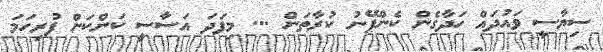
ސިޔާސީ ވައުދައް ހަދާގެން ކެންޕޭނު ކުރާތަން ... މިފަދަ އަސާސީ ކަންކަން ފުރިހަމަ